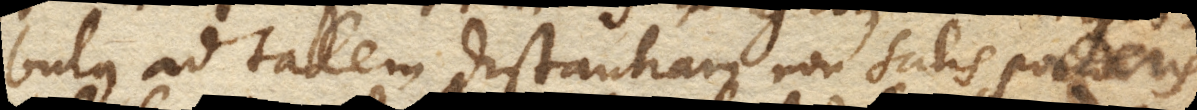
bulus ad talem distantiam non satis ponderis